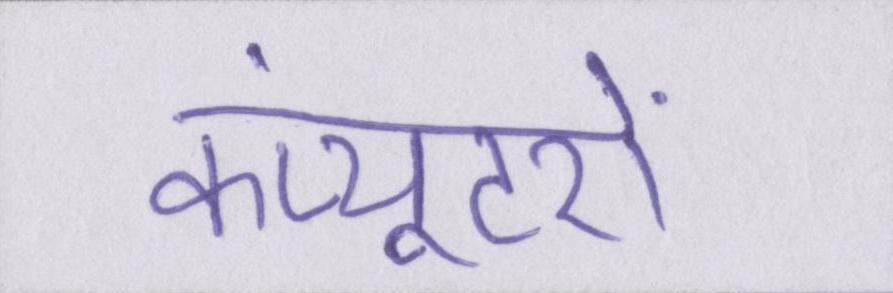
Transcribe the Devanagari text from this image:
कंप्यूटरों